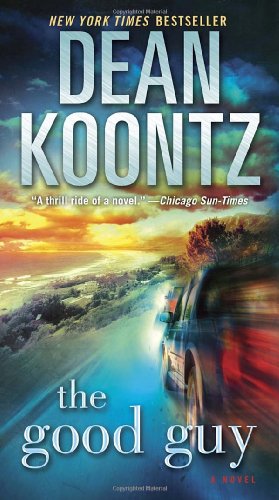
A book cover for The Good Guy: A Novel; Dean Koontz; Literature & Fiction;